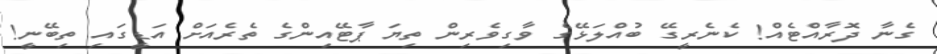
ގެނާ ދޮރާއްޓެއް! ކެނެރީގޭ ބުއްލަޅޭގެ ވާގިވެރިން ތިޔަ ޕާޓޭއިންގެ ތެރެއަށް އަޑީގައި ތިބޭނީ!